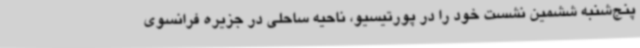
پنج‌شنبه ششمین نشست خود را در پورتیسیو، ناحیه ساحلی در جزیره فرانسوی